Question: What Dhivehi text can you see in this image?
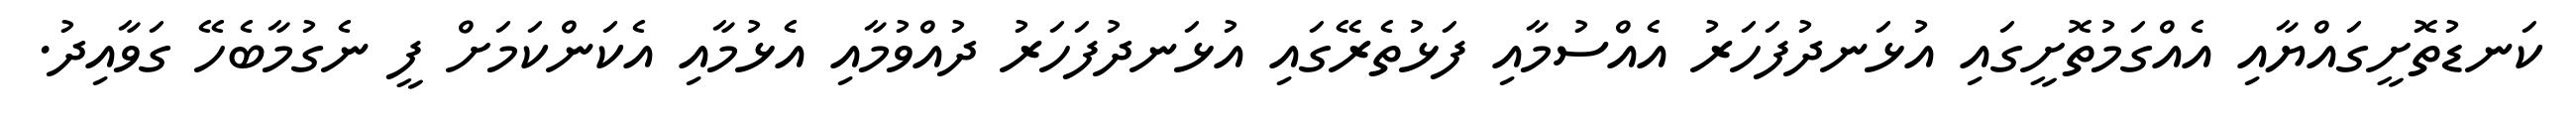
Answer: ކަނޑުތޮށީގައްޔާއި އެއްގަމުތޮށީގައި އުޅަނދުފަހަރު އެއްސުމާއި ފަޅުތެރޭގައި އުޅަނދުފަހަރު ދުއްވުމާއި އެޅުމާއި އެކަންކަމަށް ފީ ނެގުމާބެހޭ ގަވާއިދު.